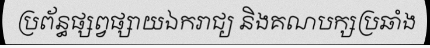
ប្រព័ន្ធផ្សព្វផ្សាយឯករាជ្យ និងគណបក្សប្រឆាំង